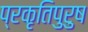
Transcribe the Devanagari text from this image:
प्रकृतिपुरुष